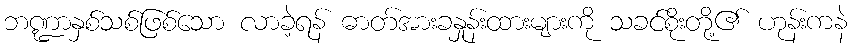
ဘဏ္ဍာနှစ်သစ်ဖြစ်သော လာခဲ့ရန် ဓာတ်အားခနှုန်းထားများကို သခင်စိုးတို့၏ ဟုန်းကနဲ